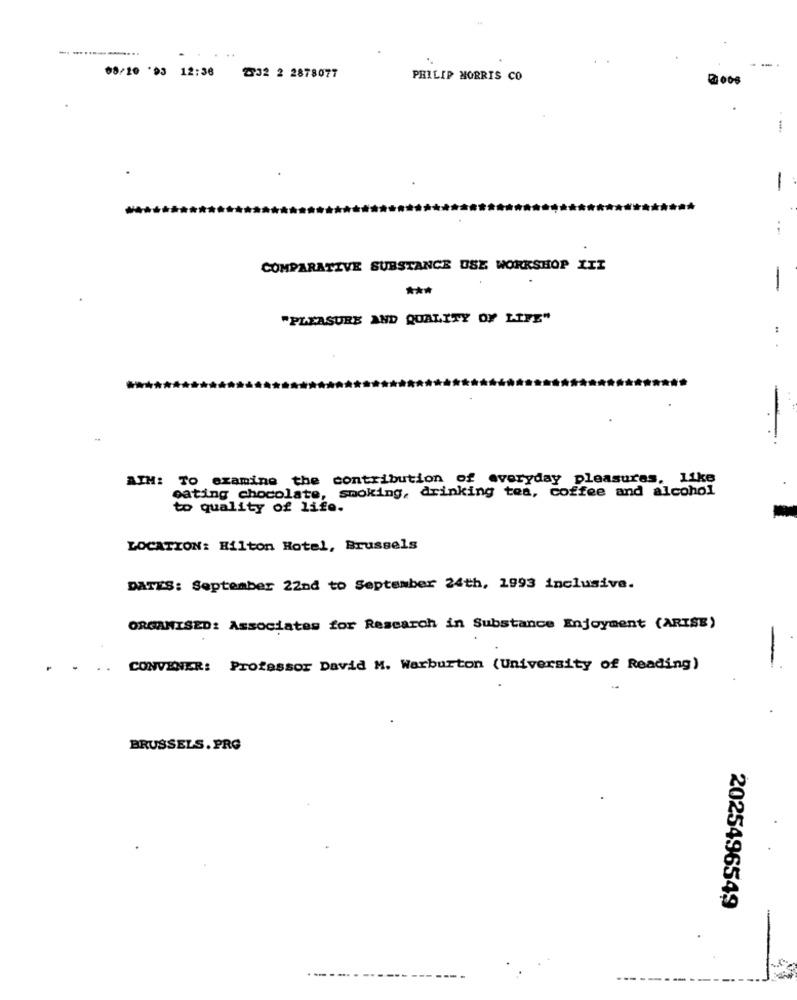
08/10 '93 12:36
232 2 2878077
PHILIP MORRIS CO
-
COMPARATIVE SUBSTANCE USE WORKSHOP III
***
-
"PLEASURE AND QUALITY OF LIFE"
. .
-
AIM: To examine the contribution of everyday pleasures, like
eating chocolate, smoking, drinking tea, coffee and alcohol
to quality of life.
LOCATION: Hilton Hotel, Brussels
DATES: September 22nd to September 24th, 1993 inclusive.
ORGANISED: Associates for Research in Substance Enjoyment (ARISE)
..
CONVENER: Professor David M. Warburton (University of Reading)
BRUSSELS. PRG
2025496549
--- - ----
--